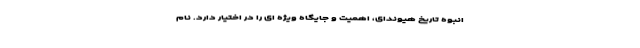
انبوه تاریخ هیوندای، اهمیت و جایگاه ویژه ای را در اختیار دارد. نام